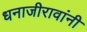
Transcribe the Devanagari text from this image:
धनाजीरावांनी